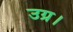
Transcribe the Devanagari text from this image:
उग्र।